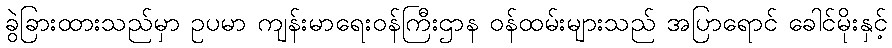
ခွဲခြားထားသည်မှာ ဥပမာ ကျန်းမာရေးဝန်ကြီးဌာန ဝန်ထမ်းများသည် အပြာရောင် ခေါင်မိုးနှင့်